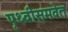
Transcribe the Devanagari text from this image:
पृथ्वीसमवेत